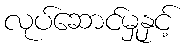
လုပ်ဆောင်မှုနှင့်